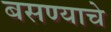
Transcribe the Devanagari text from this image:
बसण्याचे